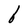
Character: b